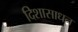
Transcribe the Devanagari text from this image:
दिशासाधन